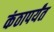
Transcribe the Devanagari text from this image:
कंठापर्यंत